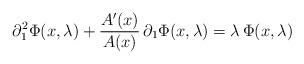
LaTeX: \begin{align*}\partial_1^2\Phi(x,\lambda)+\frac{A'(x)}{A(x)} \,\partial_1\Phi(x,\lambda)=\lambda\,\Phi(x,\lambda)\end{align*}